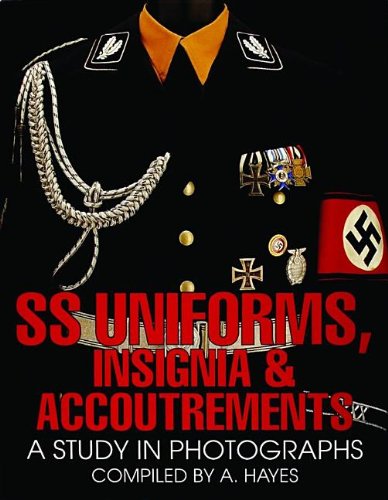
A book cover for SS Uniforms, Insignia and Accoutrements: A Study in Photographs (Schiffer Military History); A. Hayes; Crafts, Hobbies & Home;